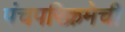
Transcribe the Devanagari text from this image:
पंचपरिक्रमेची